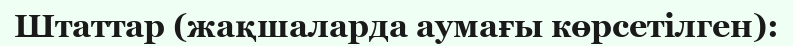
Штаттар (жақшаларда аумағы көрсетілген):